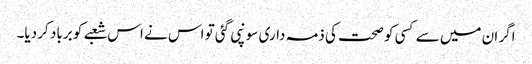
اگر ان میں سے کسی کو صحت کی ذمہ داری سونپی گئی تو اس نے اس شعبے کو برباد کر دیا۔